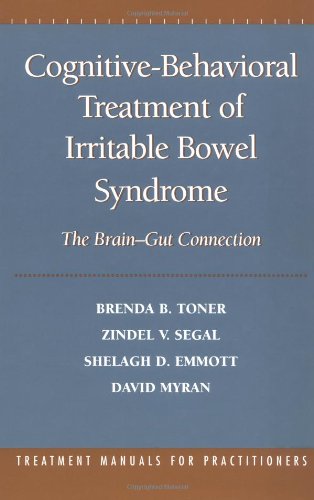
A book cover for Cognitive-Behavioral Treatment of Irritable Bowel Syndrome: The Brain-Gut Connection; Brenda B. Toner PhD; Health, Fitness & Dieting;